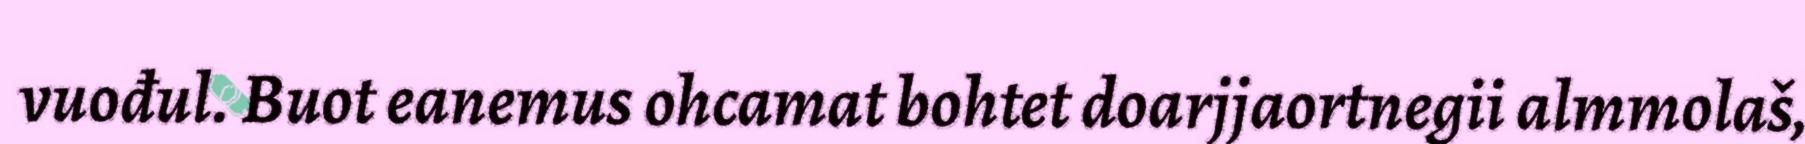
vuođul. Buot eanemus ohcamat bohtet doarjjaortnegii almmolaš,